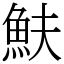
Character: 𩵩